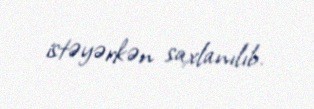
istəyərkən saxlanılıb.